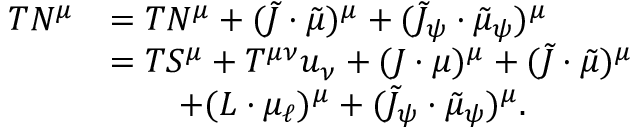
\begin{array} { r l } { T N ^ { \mu } } & { = T N ^ { \mu } + ( \tilde { J } \cdot \tilde { \mu } ) ^ { \mu } + ( \tilde { J } _ { \psi } \cdot \tilde { \mu } _ { \psi } ) ^ { \mu } } \\ & { = T S ^ { \mu } + T ^ { \mu \nu } u _ { \nu } + ( J \cdot \mu ) ^ { \mu } + ( \tilde { J } \cdot \tilde { \mu } ) ^ { \mu } } \\ & { \qquad + ( L \cdot \mu _ { \ell } ) ^ { \mu } + ( \tilde { J } _ { \psi } \cdot \tilde { \mu } _ { \psi } ) ^ { \mu } . } \end{array}